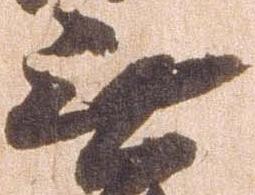
無